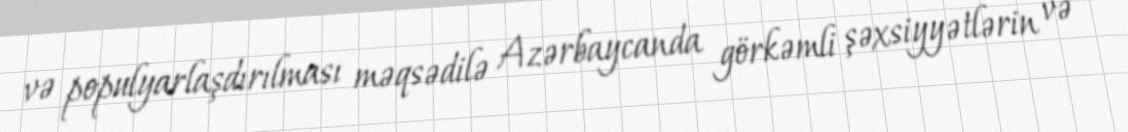
və populyarlaşdırılması məqsədilə Azərbaycanda görkəmli şəxsiyyətlərin və